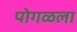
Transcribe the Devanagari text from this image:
पोगळला